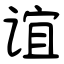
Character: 谊